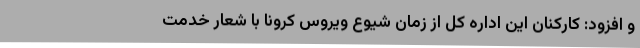
و افزود: کارکنان این اداره کل از زمان شیوع ویروس کرونا با شعار خدمت